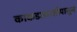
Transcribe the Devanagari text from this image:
काकडआरतीपासून